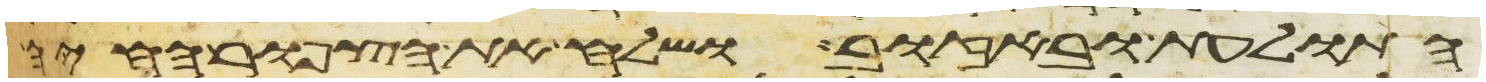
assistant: התולעת ובאזוב ושלח את הצפור החיה